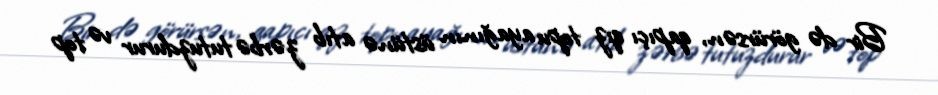
Bir də görürsən, qapıçı qız topu ayağının üstünə atıb zərbə tutuzdurur və top